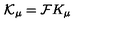
{ \cal K } _ { \mu } = { \cal F } K _ { \mu }